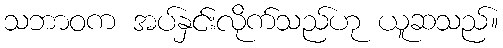
သဘာဝက အပ်နှင်းလိုက်သည်ဟု ယူဆသည်။